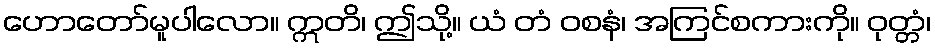
ဟောတော်မူပါလော။ ဣတိ၊ ဤသို့။ ယံ တံ ဝစနံ၊ အကြင်စကားကို။ ဝုတ္တံ၊